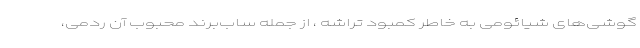
گوشی‌های شیائومی به خاطر کمبود تراشه ، از جمله ساب‌برند محبوب آن ردمی،